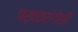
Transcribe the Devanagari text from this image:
पर्वतरांगेशी